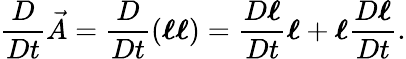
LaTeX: \frac{D}{Dt}\vec{A}=\frac{D}{Dt}\left(\boldsymbol{\ell}\boldsymbol{\ell}\right)=\frac{D\boldsymbol{\ell}}{Dt}\boldsymbol{\ell}+\boldsymbol{\ell}\frac{D\boldsymbol{\ell}}{Dt}.